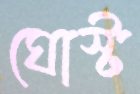
ঘোস্ট